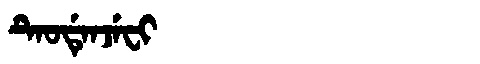
Manchu: ᡨᡝᠣᡩᡝᠨᠵᡝᠸᡳ
Romanization: TEODENJEFI